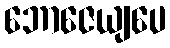
ဘောဇေယျပေ